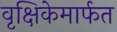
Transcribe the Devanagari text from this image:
वृक्षिकेमार्फत